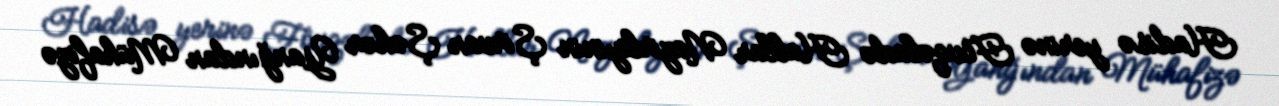
Hadisə yerinə Fövqəladə Hallar Nazirliyinin Şirvan Şəhər Yanğından Mühafizə